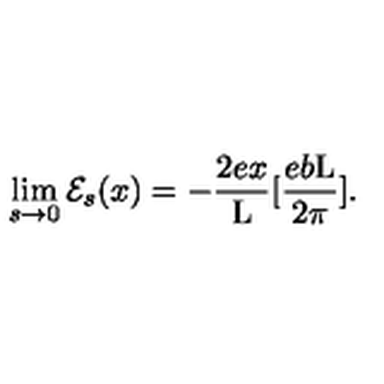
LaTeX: \lim _ { s \to 0 } { \cal E } _ { s } ( x ) = - \frac { 2 e x } { \mathrm { L } } [ \frac { e b \mathrm { L } } { 2 \pi } ] .